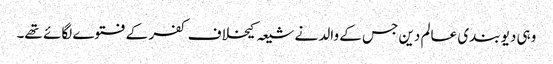
وہی دیو بندی عالم دین جس کے والد نے شیعہ کیخلاف کفر کے فتوے لگائے تھے۔